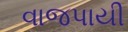
વાજપાયી